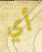
أي